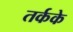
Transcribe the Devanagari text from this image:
तर्कके